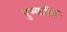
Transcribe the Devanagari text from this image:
पुण्यतीर्थ